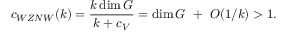
c _ { W Z N W } ( k ) = { \frac { k \dim G } { k + c _ { V } } } = \dim G ~ + ~ { \cal O } ( 1 / k ) > 1 .